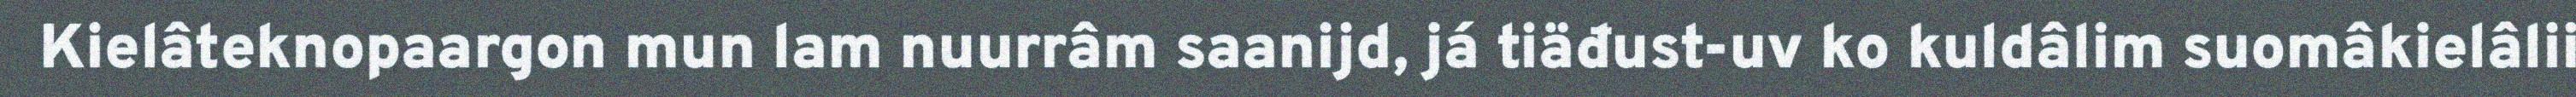
Kielâteknopaargon mun lam nuurrâm saanijd, já tiäđust-uv ko kuldâlim suomâkielâlii